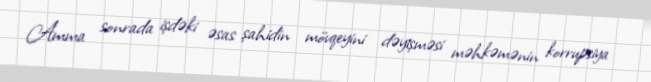
Amma sonrada işdəki əsas şahidin mövqeyini dəyişməsi məhkəmənin korrupsiya